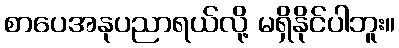
စာပေအနုပညာရယ်လို့ မရှိနိုင်ပါဘူး။